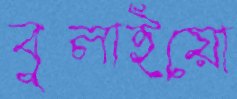
বুলাইয়ো